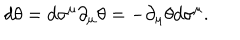
d \theta = d \sigma ^ { \mu } \partial _ { \mu } \theta = - \partial _ { \mu } \theta d \sigma ^ { \mu } .